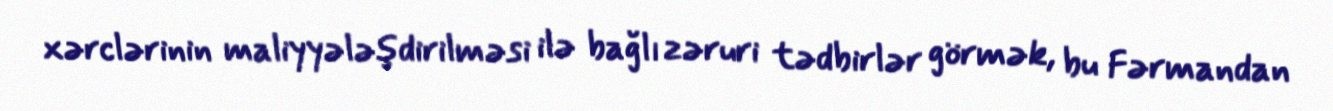
xərclərinin maliyyələşdirilməsi ilə bağlı zəruri tədbirlər görmək, bu Fərmandan